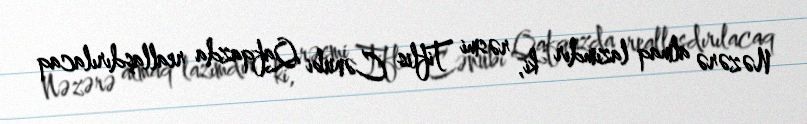
Nəzərə almaq lazımdır ki, rəsmi Tiflis Cənubi Qafqazda reallaşdırılacaq